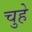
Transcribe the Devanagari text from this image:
चुहे